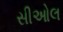
સીઓલ